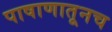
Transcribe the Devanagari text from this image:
पाषाणातूनच